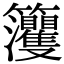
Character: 𥸘